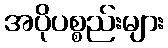
အပိုပစ္စည်းများ